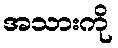
အသားကို